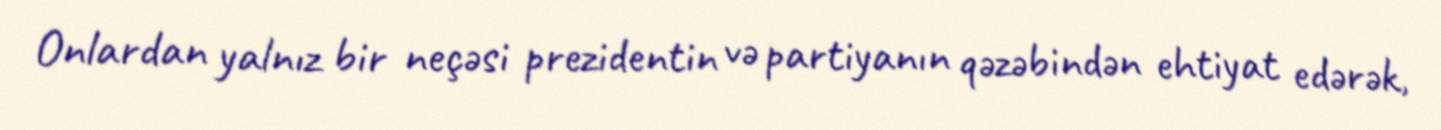
Onlardan yalnız bir neçəsi prezidentin və partiyanın qəzəbindən ehtiyat edərək,